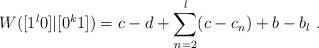
LaTeX: \begin{align*}W([1^l0]|[0^k1]) = c-d + \sum_{n=2}^l (c - c_n) + b-b_l \ .\end{align*}